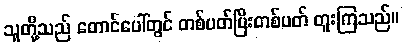
သူတို့သည် တောင်ပေါ်တွင် တစ်ပတ်ပြီးတစ်ပတ် တူးကြသည်။